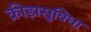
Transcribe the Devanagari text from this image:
क्रीड़ासुविधा